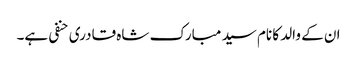
ان کے والد کا نام سید مبارک شاہ قادری حنفی ہے۔